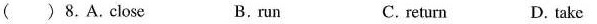
( ) 8. A.Close B. run C. return D. take